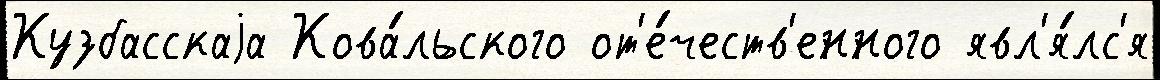
Кузбасскаjа Кова́льского от'е́честв'енного явл'я́лс'я